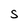
Character: S